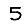
Digit: 5